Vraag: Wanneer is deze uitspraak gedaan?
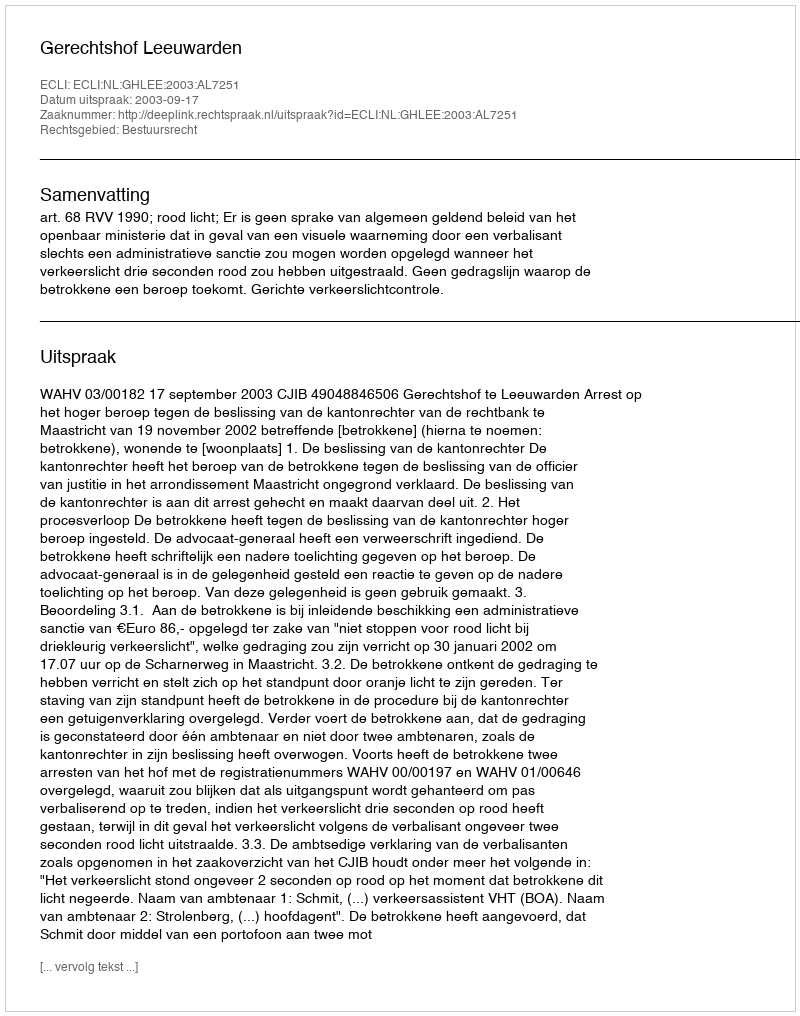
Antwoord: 2003-09-17